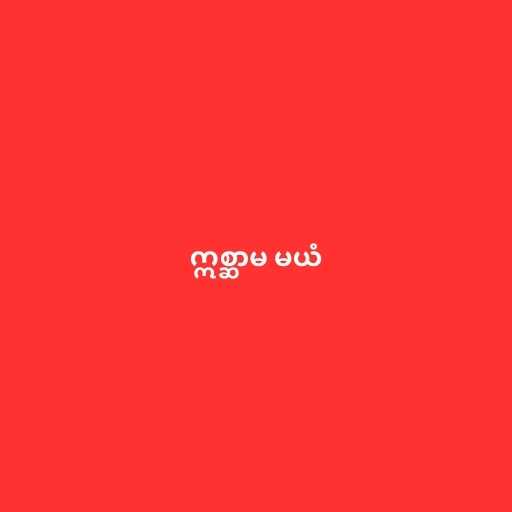
ဣစ္ဆာမ မယံ